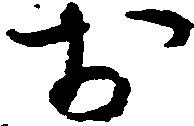
お